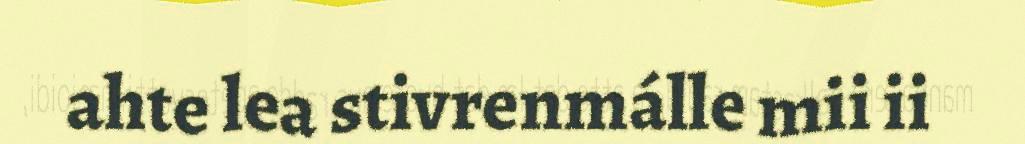
ahte lea stivrenmálle mii ii